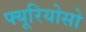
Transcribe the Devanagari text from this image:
फ्यूरियोसो